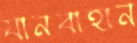
যানবাহান